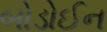
બોડોઈન